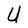
Character: U